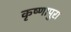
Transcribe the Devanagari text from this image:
कृष्णापुरा